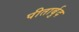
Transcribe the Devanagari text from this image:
पीतार्बुद